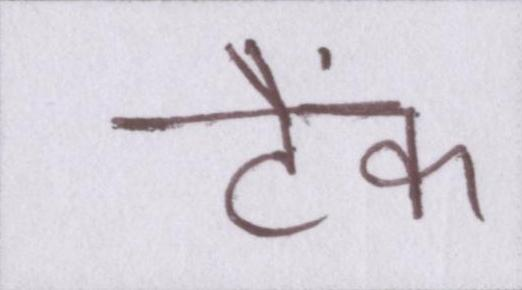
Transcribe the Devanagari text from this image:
टैंक